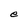
Character: e